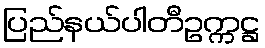
ပြည်နယ်ပါတီဥက္ကဋ္ဌ